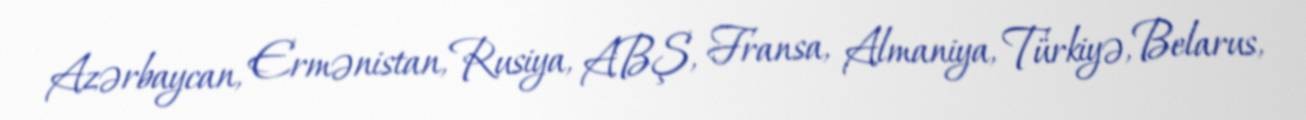
Azərbaycan, Ermənistan, Rusiya, ABŞ, Fransa, Almaniya, Türkiyə, Belarus,